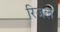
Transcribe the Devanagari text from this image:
रिजल